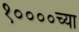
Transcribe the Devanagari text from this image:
१००००च्या